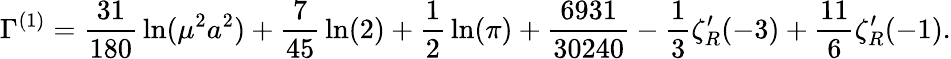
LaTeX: \Gamma^{(1)}={\frac{31}{180}}\ln(\mu^{2}a^{2})+{\frac{7}{45}}\ln(2)+{\frac{1}{2}}\ln(\pi)+{\frac{6931}{30240}}-{\frac{1}{3}}\zeta_{R}^{\prime}(-3)+{\frac{11}{6}}\zeta_{R}^{\prime}(-1).